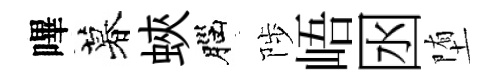
嗶暮蛺腦陟峿囦堕